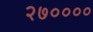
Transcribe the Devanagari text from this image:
२७००००